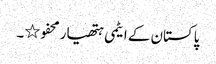
پاکستان کے ایٹمی ہتھیار محفو٭۔